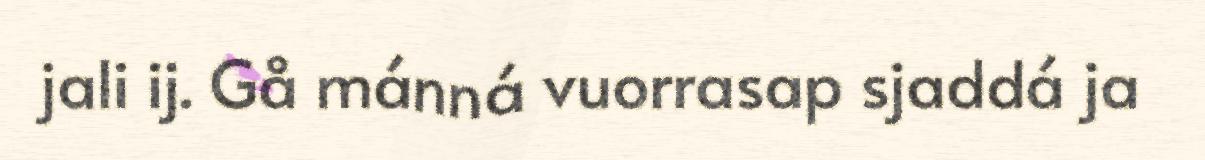
jali ij. Gå mánná vuorrasap sjaddá ja